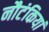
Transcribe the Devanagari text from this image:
नौटंकियां